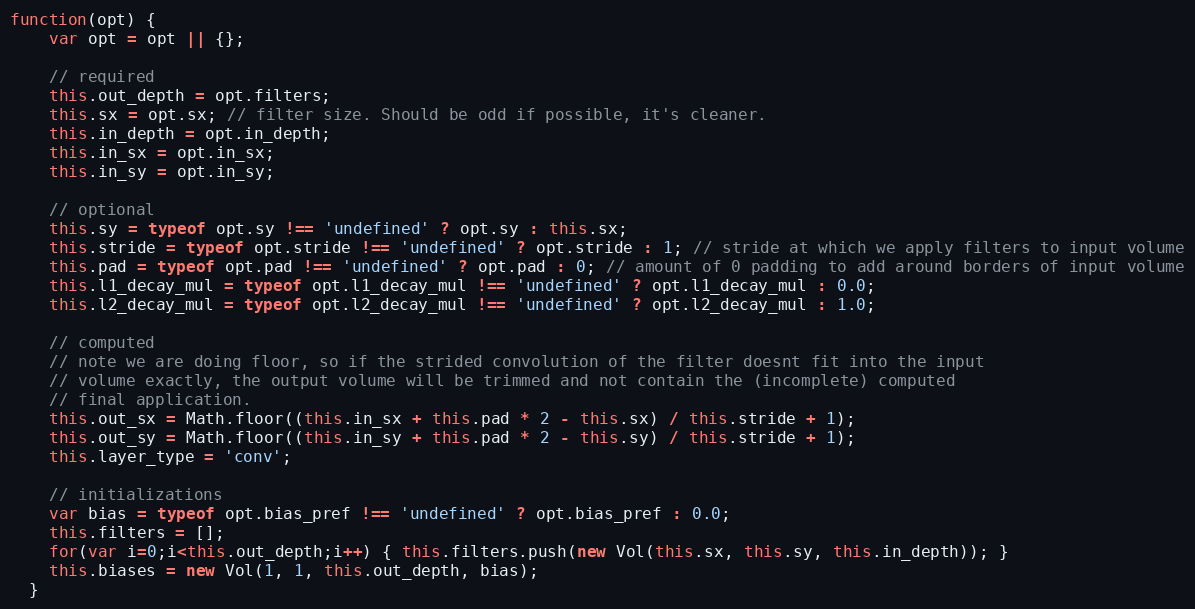
Language: JavaScript
function(opt) {
    var opt = opt || {};

    // required
    this.out_depth = opt.filters;
    this.sx = opt.sx; // filter size. Should be odd if possible, it's cleaner.
    this.in_depth = opt.in_depth;
    this.in_sx = opt.in_sx;
    this.in_sy = opt.in_sy;

    // optional
    this.sy = typeof opt.sy !== 'undefined' ? opt.sy : this.sx;
    this.stride = typeof opt.stride !== 'undefined' ? opt.stride : 1; // stride at which we apply filters to input volume
    this.pad = typeof opt.pad !== 'undefined' ? opt.pad : 0; // amount of 0 padding to add around borders of input volume
    this.l1_decay_mul = typeof opt.l1_decay_mul !== 'undefined' ? opt.l1_decay_mul : 0.0;
    this.l2_decay_mul = typeof opt.l2_decay_mul !== 'undefined' ? opt.l2_decay_mul : 1.0;

    // computed
    // note we are doing floor, so if the strided convolution of the filter doesnt fit into the input
    // volume exactly, the output volume will be trimmed and not contain the (incomplete) computed
    // final application.
    this.out_sx = Math.floor((this.in_sx + this.pad * 2 - this.sx) / this.stride + 1);
    this.out_sy = Math.floor((this.in_sy + this.pad * 2 - this.sy) / this.stride + 1);
    this.layer_type = 'conv';

    // initializations
    var bias = typeof opt.bias_pref !== 'undefined' ? opt.bias_pref : 0.0;
    this.filters = [];
    for(var i=0;i<this.out_depth;i++) { this.filters.push(new Vol(this.sx, this.sy, this.in_depth)); }
    this.biases = new Vol(1, 1, this.out_depth, bias);
  }